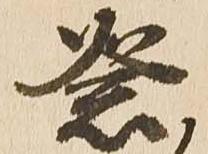
祭